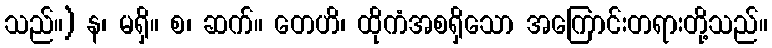
သည်။) န၊ မရှိ။ စ၊ ဆက်။ တေဟိ၊ ထိုကံအစရှိသော အကြောင်းတရားတို့သည်။